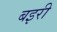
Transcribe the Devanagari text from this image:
बइरी